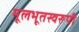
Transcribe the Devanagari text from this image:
मूलभूतस्वरूपी